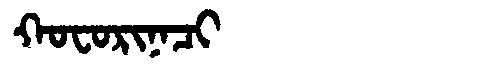
Manchu: ᡴᠣᠸᠣᡵᡳᠨᠠᠴᡳ
Romanization: KOFORINACI